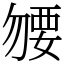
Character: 𧟰